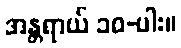
အန္တရာယ် ၁၀-ပါး။